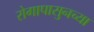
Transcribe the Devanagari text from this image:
रोगापासुनच्या